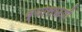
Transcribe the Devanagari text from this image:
व्यासऋषी